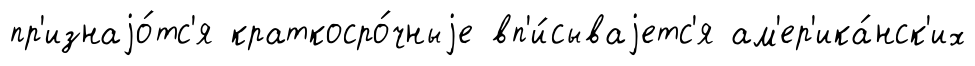
пр'изнаjо́тс'я краткосро́чныjе вп'и́сываjетс'я ам'ер'ика́нск'их